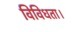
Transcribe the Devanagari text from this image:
विविधता।